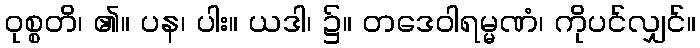
ဝုစ္စတိ၊ ၏။ ပန၊ ပါး။ ယဒါ၊ ၌။ တဒေဝါရမ္မဏံ၊ ကိုပင်လျှင်။